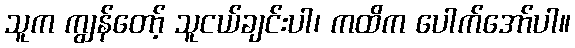
သူက ကျွန်တော့် သူငယ်ချင်းပါ၊ ကထိက ပေါက်အော်ပါ။